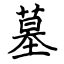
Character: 墓